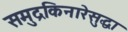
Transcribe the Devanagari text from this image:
समुद्रकिनारेसुद्धा